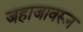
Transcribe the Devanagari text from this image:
जहाजावरून